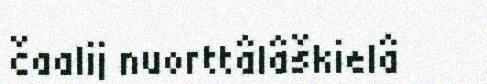
čaalij nuorttâlâškielâ